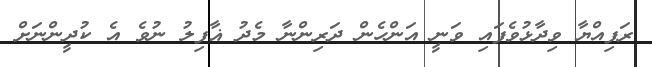
ރަފިއްޔާ ވިދާޅުވެފައި ވަނީ އަންހެން ދަރިންނާ މެދު ޣާފިލު ނުވެ އެ ކުދީންނަށް